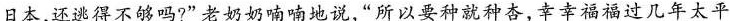
日本,还逃得不够吗?”老奶奶喃喃说，“所以要种就种杏，幸幸福福过几年太平